Report on plague and inoculation in the Punjab from October 1st ... to September 30th..., being the ... season of plague in the province
Disease focus: Plague
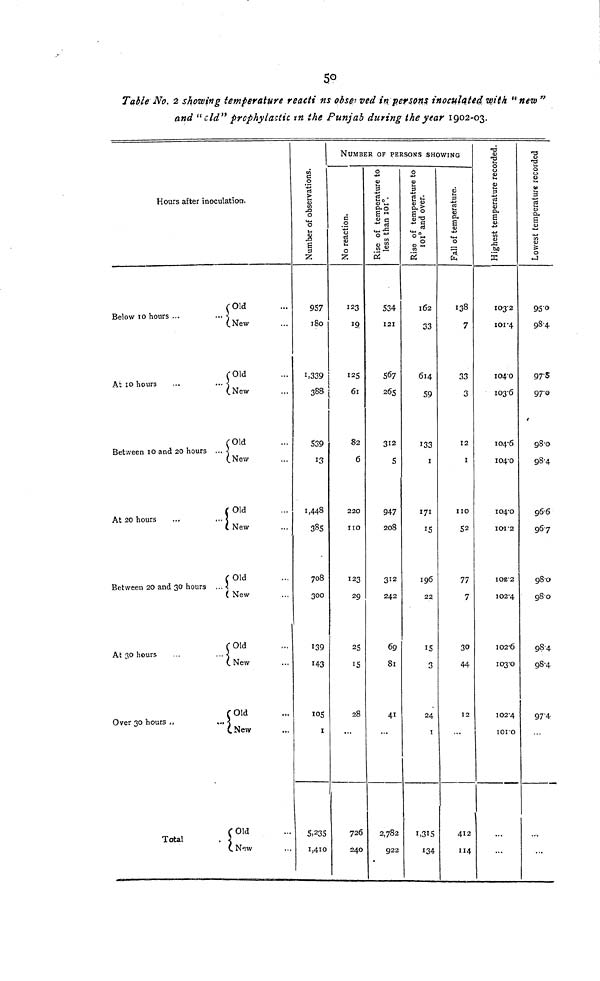
50
Table No. 2 showing temperature reacti ns observed in persons inoculated, with "new "
and "old" prophylactic in the Punjab during the year 1902-03.
Hours after inoculation.
Old
Below 10 hours ...
•••
New
Old
At 10 hours ...
—
New
Old
Between 10 and 20 hours ...
New
Old
At 20 hours
...
...
New
Old
Between 20 and 30 hours
...
New
Old
At 30 hours
...
..
New
Old
Over 30 hours .,
...
New
Old
Total
.
New
NUMBER OF PERSONS SHOWING
Number of observations.
957
180
1,339¡
388 |
1
539
13
1,448
385
708
300
139
143
105
1
5,235
1,410
No reaction.
123
19
125
61
82
6
220
110
123
29
25
15
28
...
726
240
Rise of temperature to
less than 101°.
534
121
567
265
312
5
947
208
312
242
69
81
41
...
2,782
922
Rise of temperature to
101° and over.
162
33
614
59
133
1
171
15
196
22
15
3
24
1
1,315
134
Fall of temperature.
138
7
33
3
12
1
110
52
77
7
30
44
12
...
412
114
Highest temperature reco
103.2
101.4
104.0
103.6
104.6
104.0
104.0
101.2
1O2.2
102.4
102.6
103.0
102.4
101.o
...
...
Lowest temper
95.0
98.4
97.8
97.0
98.0
98.4
96.6
96.7
98.0
98.0
98.4
98.4
97.4
...
...
...